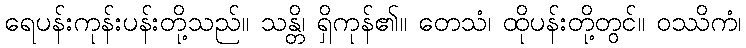
ရေပန်းကုန်းပန်းတို့သည်။ သန္တိ၊ ရှိကုန်၏။ တေသံ၊ ထိုပန်းတို့တွင်။ ဝဿိကံ၊